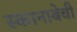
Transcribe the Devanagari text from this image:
स्कानाबेची